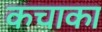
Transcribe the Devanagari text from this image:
कचाका